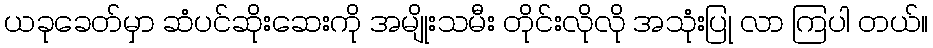
ယခုခေတ်မှာ ဆံပင်ဆိုးဆေးကို အမျိုးသမီး တိုင်းလိုလို အသုံးပြု လာ ကြပါ တယ်။